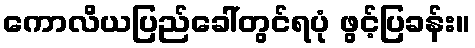
ကောလိယပြည်ခေါ်တွင်ရပုံ ဖွင့်ပြခန်း။